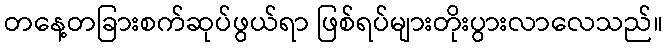
တနေ့တခြားစက်ဆုပ်ဖွယ်ရာ ဖြစ်ရပ်များတိုးပွားလာလေသည်။